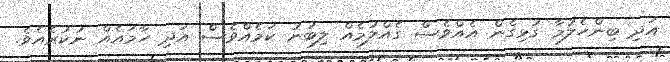
އަދި ބިންހެލުމާ ގުޅިގެން އެއްވެސް ގެއްލުމެއް ލިބުނު ކަމެއްވެސް އަދި ހާމައެއް ނުކުރެއެވެ.